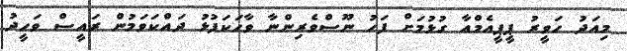
މިއަދު ހަވީރު ޕީޕީއެމްއާ ގުޅުމަށް ފަހު ނޫސްވެރިންނާ ވާހަކަފުޅު ދައްކަވަމުން ރައީސް ވަހީދު